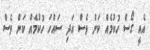
އެއީ ގޯސް ހުކުމެއް ކަން ވެސް އަދި ސައްހަ ހުކުމެއް ކަން ވެސް